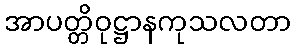
အာပတ္တိဝုဋ္ဌာနကုသလတာ